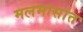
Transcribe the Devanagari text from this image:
मलमासांत